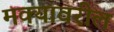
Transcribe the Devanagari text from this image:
मक्यावरील